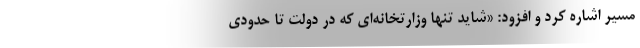
مسیر اشاره کرد و افزود: «شاید تنها وزارتخانه‌ای که در دولت تا حدودی